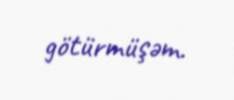
götürmüşəm.